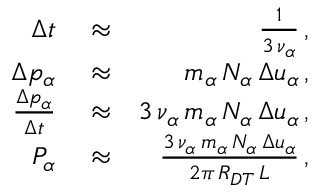
\begin{array} { r l r } { \Delta t } & { { } \approx } & { \frac { 1 } { 3 \, \nu _ { \alpha } } \, , } \\ { \Delta p _ { \alpha } } & { { } \approx } & { m _ { \alpha } \, N _ { \alpha } \, \Delta u _ { \alpha } \, , } \\ { \frac { \Delta p _ { \alpha } } { \Delta t } } & { { } \approx } & { 3 \, \nu _ { \alpha } \, m _ { \alpha } \, N _ { \alpha } \, \Delta u _ { \alpha } \, , } \\ { P _ { \alpha } } & { { } \approx } & { \frac { 3 \, \nu _ { \alpha } \, m _ { \alpha } \, N _ { \alpha } \, \Delta u _ { \alpha } } { 2 \pi \, R _ { D T } \, L } \, , } \end{array}